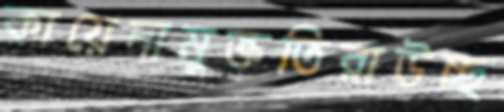
কায়েদামুক্ততিরাউচ্ছ